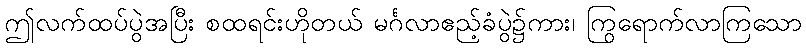
ဤလက်ထပ်ပွဲအပြီး စထရင်းဟိုတယ် မင်္ဂလာဧည့်ခံပွဲ၌ကား၊ ကြွရောက်လာကြသော